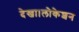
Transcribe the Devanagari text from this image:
देखा।लोकेशन